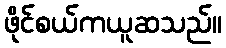
ဖိုင်စယ်ကယူဆသည်။